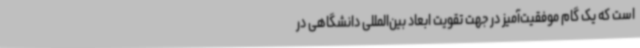
است که یک گام موفقیت‌آمیز در جهت تقویت ابعاد بین‌المللی دانشگاهی در